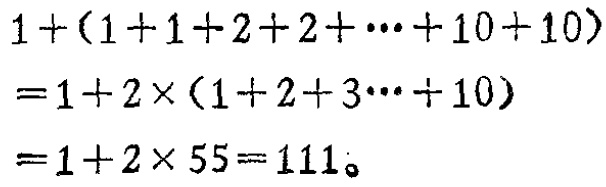
\[
\begin{align*}
&1+(1 + 1+2 + 2+\cdots+10 + 10)\\
=&1+2\times(1 + 2+3\cdots+10)\\
=&1+2\times55 = 111。
\end{align*}
\]